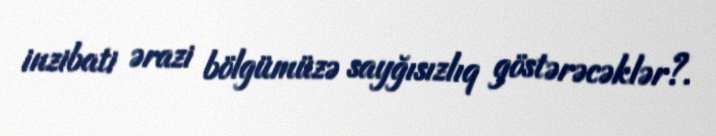
inzibati ərazi bölgümüzə sayğısızlıq göstərəcəklər?.